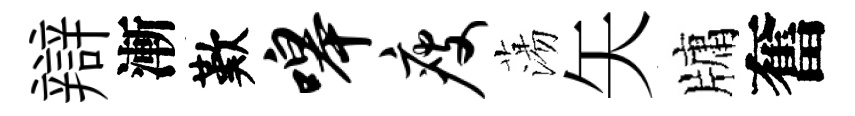
辯漸歎嗥瘦蕩矢牗奮